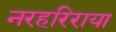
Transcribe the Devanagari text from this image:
नरहरिराया